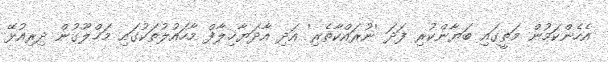
އެހެންކަމުން މަތީގައި ބަޔާންކުރި ފަދަ 'ނުރައްކާތެރި' އަދި އާދަޔާޚިލާފް މާހައުލުތަކުގައި މަޚްލޫގުން ދިރިއުޅޭ